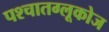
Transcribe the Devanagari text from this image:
पश्चातग्लूकोज